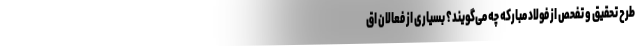
طرح تحقیق و تفحص از فولاد مبارکه چه می‌گویند؟ بسیاری از فعالان اق